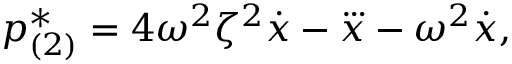
{ p } _ { ( 2 ) } ^ { * } = 4 \omega ^ { 2 } \zeta ^ { 2 } \dot { x } - \dddot { x } - \omega ^ { 2 } \dot { x } ,